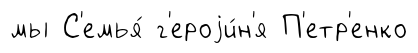
мы С'емья́ г'ероjи́н'я П'етр'енко